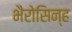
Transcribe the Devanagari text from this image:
भैरोसिन्ह